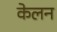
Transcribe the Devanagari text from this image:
केलन